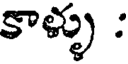
కాళ్ళు :